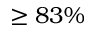
\geq 8 3 \%